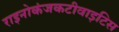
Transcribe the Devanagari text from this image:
राइनोकंजकटीवाइटिस